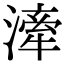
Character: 𣽲